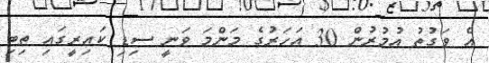
އެ ވަގުތު އުމުރުން 30 އަހަރުގެ މަންމަ ވަނީ ސިޑި ކައިރީގައި ތިބި